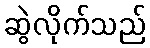
ဆွဲလိုက်သည်